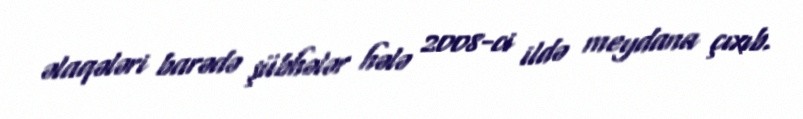
əlaqələri barədə şübhələr hələ 2008-ci ildə meydana çıxıb.